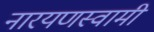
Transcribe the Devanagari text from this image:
नारयणस्वामी